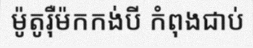
ម៉ូតូរ៉ឺម៉កកង់បី កំពុងជាប់